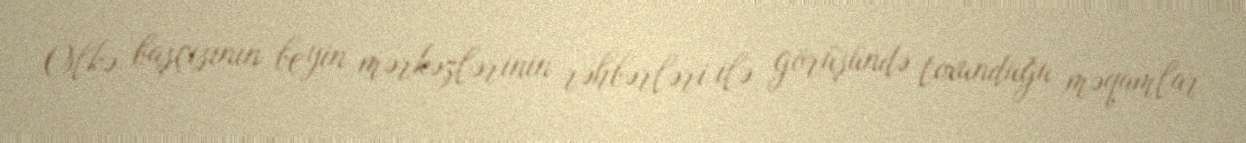
Ölkə başçısının beyin mərkəzlərinin rəhbərləri ilə görüşündə toxunduğu məqamlar